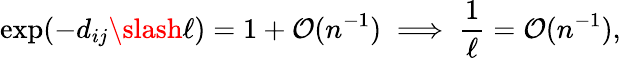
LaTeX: \exp(-d_{ij}\slash\ell)=1+\mathcal{O}(n^{-1})\implies\frac{1}{\ell}=\mathcal{O}(n^{-1}),